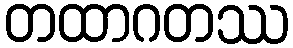
တထာဂတဿ